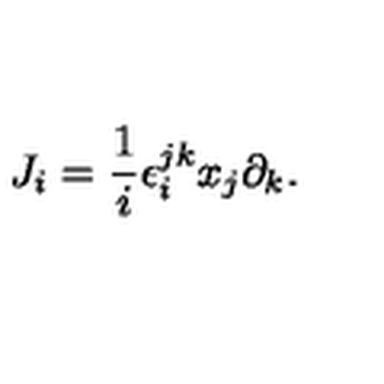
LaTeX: J _ { i } = { \frac { 1 } { i } } \epsilon _ { i } ^ { j k } x _ { j } \partial _ { k } .